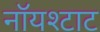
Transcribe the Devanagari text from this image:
नॉयश्टाट